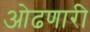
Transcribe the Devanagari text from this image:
ओढणारी